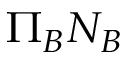
\Pi _ { B } N _ { B }